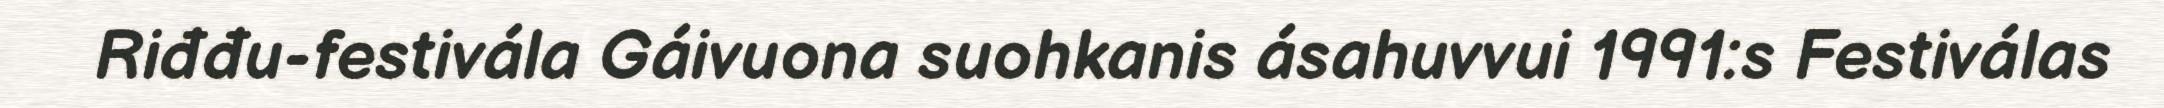
Riđđu-festivála Gáivuona suohkanis ásahuvvui 1991:s Festiválas